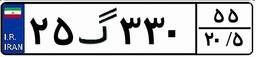
۲۵گ۳۳۰۵۵